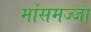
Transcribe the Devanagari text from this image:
मांसमज्जा